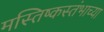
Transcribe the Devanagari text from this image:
मस्तिष्कस्तंभाच्या